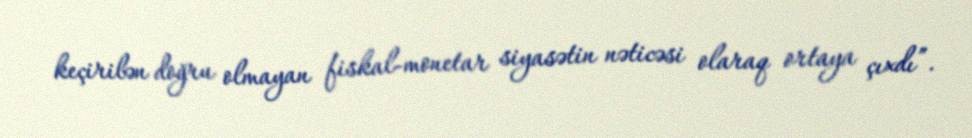
keçirilən doğru olmayan fiskal-monetar siyasətin nəticəsi olaraq ortaya çıxdı”.